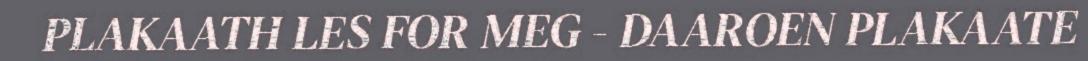
PLAKAATH LES FOR MEG - DAAROEN PLAKAATE